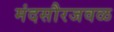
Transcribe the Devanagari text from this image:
मंदसौरजवळ